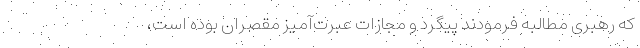
که رهبری مطالبه فرمودند پیگرد و مجازات عبرت‌آمیز مقصران بوده است،